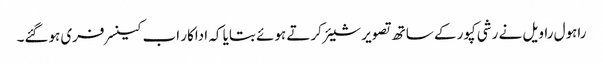
راہول راویل نے رشی کپور کے ساتھ تصویر شیئر کرتے ہوئے بتایا کہ اداکار اب کینسر فری ہوگئے۔